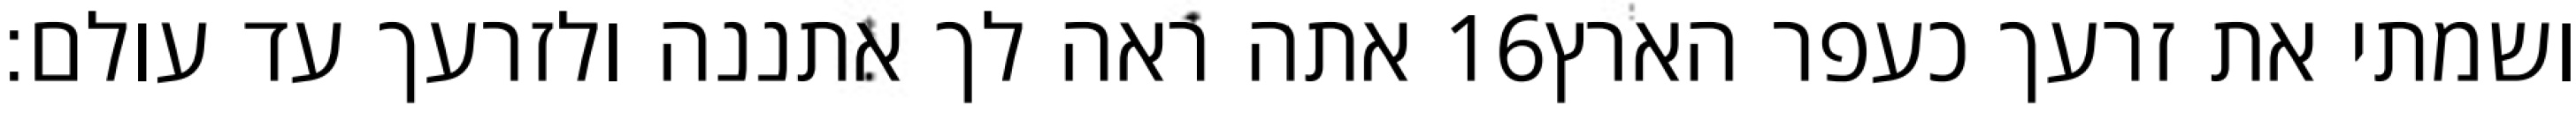
אתה ראה לך אתננה ולזרעך עד עולם׃ ‎16‏ ושמתי את זרעך כעפר הארץ